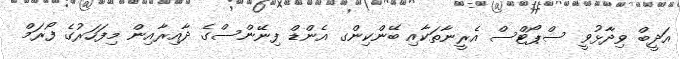
އަދީބް ވިދާޅުވީ ސްޕޯޓްސް އެރީނާތަކާއި ބޭންކިންގ އެންޑް ފިނޭންސްގެ ދާއިރާއިން މިފަހަރުގެ ފޯރަމް